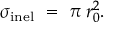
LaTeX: \sigma _ { \mathrm { i n e l } } \ = \ \pi \: r _ { 0 } ^ { 2 } .